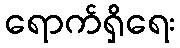
ရောက်ရှိရေး